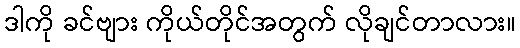
ဒါကို ခင်ဗျား ကိုယ်တိုင်အတွက် လိုချင်တာလား။